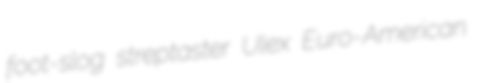
foot-slog streptaster Ulex Euro-American